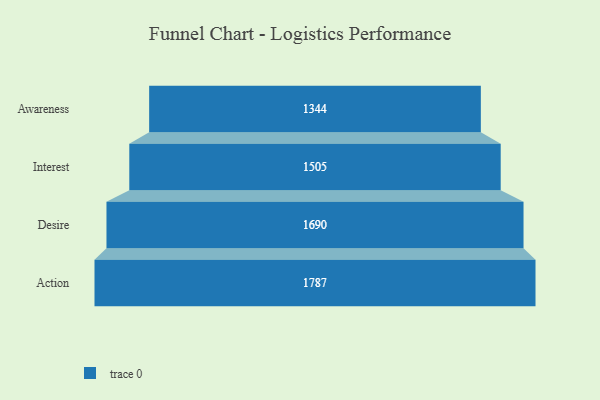
{"axis": {"x": "Stage", "y": "Value"}, "legend": [""], "data": [{"x": "Awareness", "y": 1344.0, "type": ""}, {"x": "Interest", "y": 1505.0, "type": ""}, {"x": "Desire", "y": 1690.0, "type": ""}, {"x": "Action", "y": 1787.0, "type": ""}]}